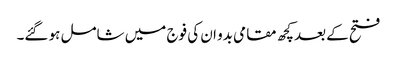
فتح کے بعدکچھ مقامی بدو ان کی فوج میں شامل ہو گئے۔